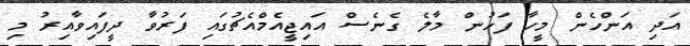
އަދި އަންހެން މީހާ ފަހުން މާލެ ގެނެސް އައިޖީއެމްއެޗުގައި ފަރުވާ ދީފައިވާއިރު މި